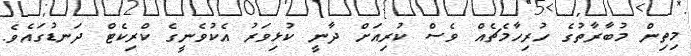
މިތިން މުބާރާތުގެ ހުރިހާމެޗެއް ވެސް ކުރިއަށް ދާނީ ކުޅިވަރު އެކުވެނީގެ ކްރިކެޓް ދަނޑުގައެވެ.